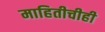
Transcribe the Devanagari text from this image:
माहितीचीही